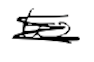
Text: to
Cross-out: scratch
Writing tool: digital_black